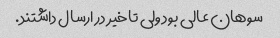
سوهان عالی بود ولی تاخیر در ارسال داشتند.